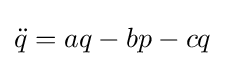
{\ddot {q}}=aq-bp-cq